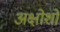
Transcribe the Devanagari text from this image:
अक्षोशों